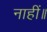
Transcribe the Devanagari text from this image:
नाहीं॥